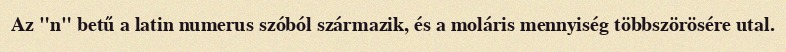
Az "n" betű a latin numerus szóból származik, és a moláris mennyiség többszörösére utal.